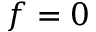
f = 0